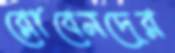
রোবেনদের